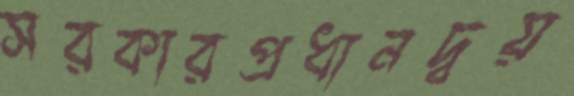
সরকারপ্রধানদ্বয়